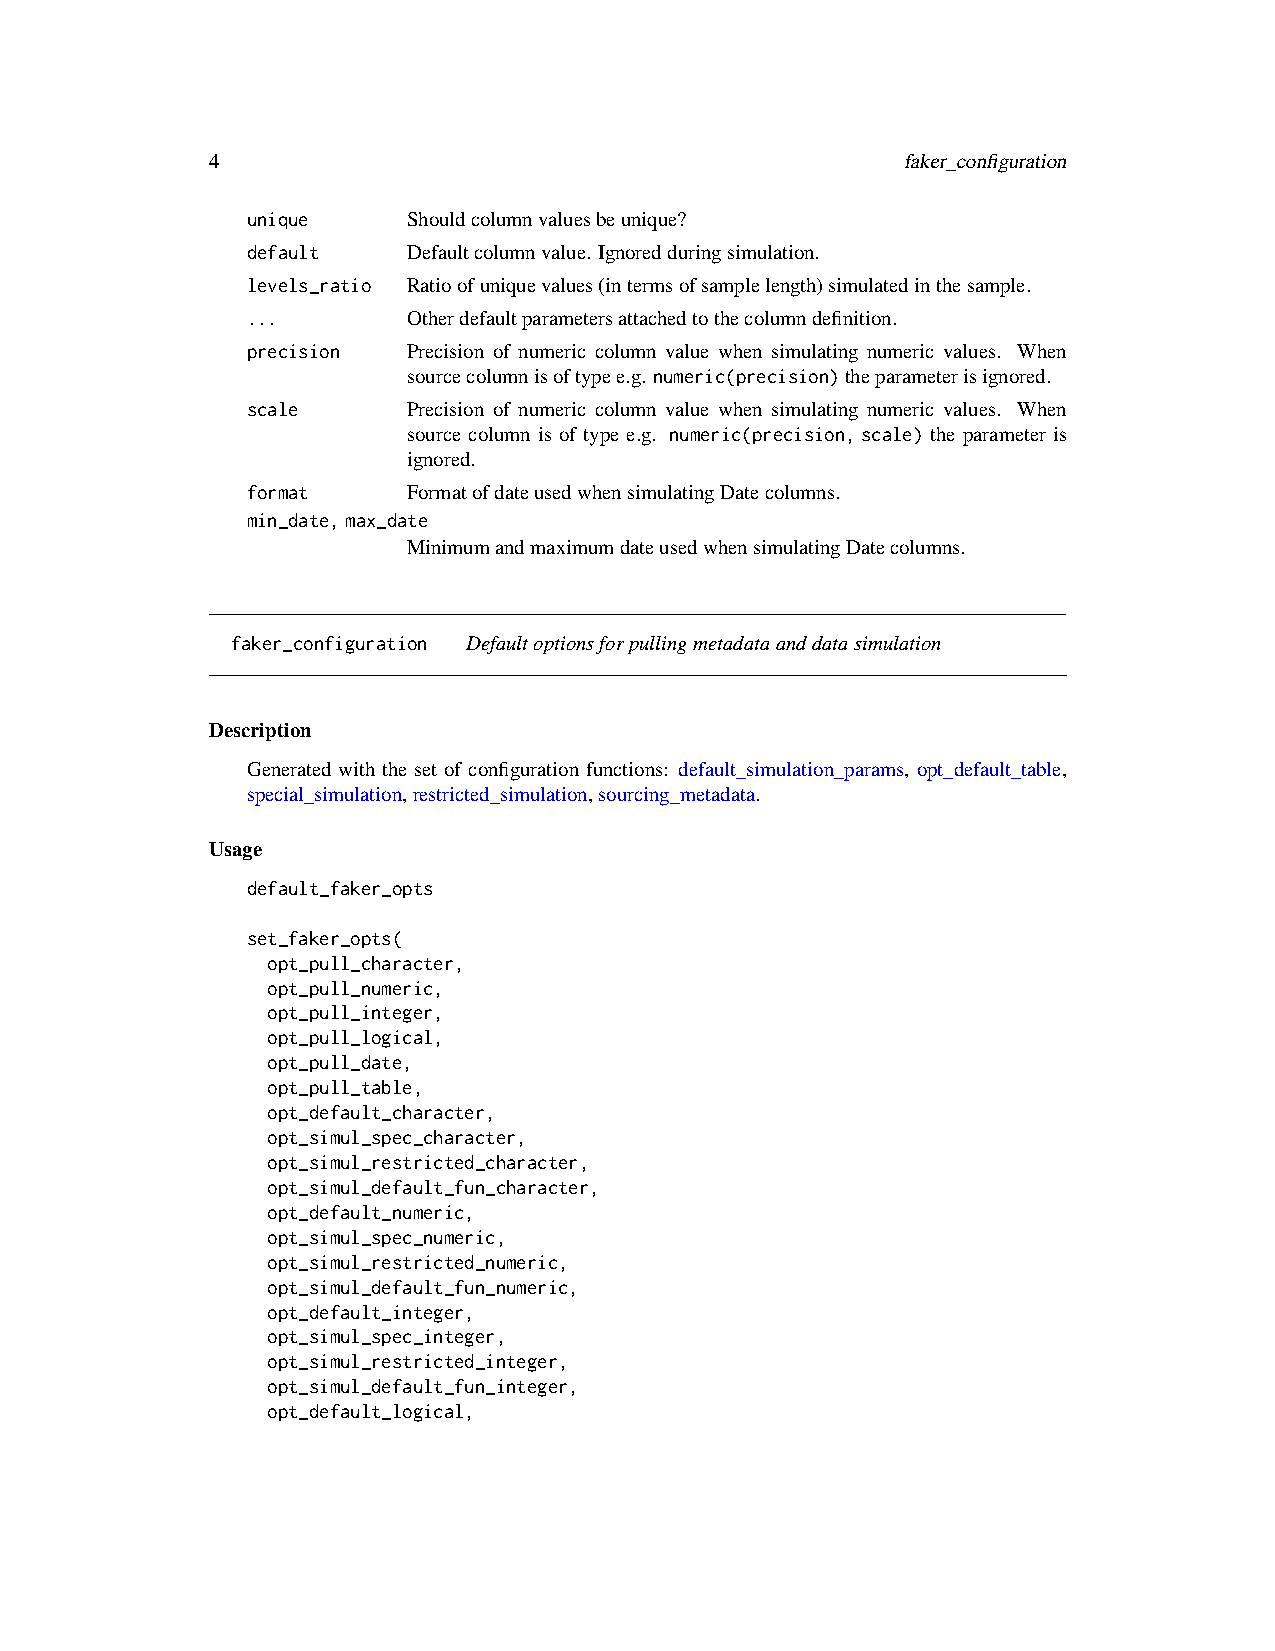
4                                             faker_configuration
 unique     Shouldcolumnvaluesbeunique?
 default    Defaultcolumnvalue. Ignoredduringsimulation.
 levels_ratio Ratioofuniquevalues(intermsofsamplelength)simulatedinthesample.
 ...        Otherdefaultparametersattachedtothecolumndefinition.
 precision  Precision of numeric column value when simulating numeric values. When
 sourcecolumnisoftypee.g. numeric(precision)theparameterisignored.
 scale      Precision of numeric column value when simulating numeric values. When
 source column is of type e.g. numeric(precision,scale) the parameter is
 ignored.
 format     FormatofdateusedwhensimulatingDatecolumns.
 min_date,max_date
 MinimumandmaximumdateusedwhensimulatingDatecolumns.
 faker_configuration Defaultoptionsforpullingmetadataanddatasimulation
 Description
 Generated with the set of configuration functions: default_simulation_params, opt_default_table,
 special_simulation,restricted_simulation,sourcing_metadata.
 Usage
 default_faker_opts
 set_faker_opts(
 opt_pull_character,
 opt_pull_numeric,
 opt_pull_integer,
 opt_pull_logical,
 opt_pull_date,
 opt_pull_table,
 opt_default_character,
 opt_simul_spec_character,
 opt_simul_restricted_character,
 opt_simul_default_fun_character,
 opt_default_numeric,
 opt_simul_spec_numeric,
 opt_simul_restricted_numeric,
 opt_simul_default_fun_numeric,
 opt_default_integer,
 opt_simul_spec_integer,
 opt_simul_restricted_integer,
 opt_simul_default_fun_integer,
 opt_default_logical,